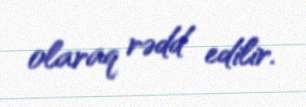
olaraq rədd edilir.